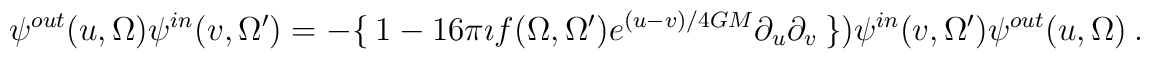
\psi^{out}(u, \Omega)\psi^{in}(v, \Omega')=-\{~1~-~16\pi\imath f(\Omega,\Omega')e^{(u-v)/4GM}\partial_{u}\partial_{v}~\})\psi^{in}(v, \Omega')\psi^{out}(u,\Omega)~.